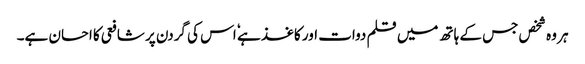
ہر وہ شخص جس کے ہاتھ میں قلم دوات اور کاغذ ہے ٗ اس کی گردن پر شافعی کا احسان ہے۔